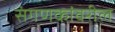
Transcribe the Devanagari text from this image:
संगणकांवरील